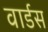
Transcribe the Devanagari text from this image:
वार्डस